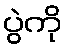
ပွဲကို